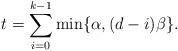
LaTeX: \begin{align*}t = \sum_{i=0}^{k-1} \min \{\alpha, (d-i)\beta \} .\end{align*}